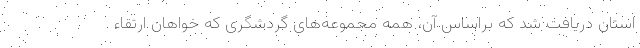
استان دریافت شد که براساس آن، همه مجموعه‌های گردشگری که خواهان ارتقاءِ